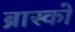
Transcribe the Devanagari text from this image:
ब्रास्को